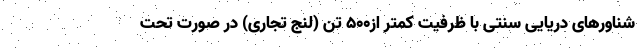
شناورهای دریایی سنتی با ظرفیت کمتر از۵۰۰ تن (لنج تجاری) در صورت تحت